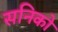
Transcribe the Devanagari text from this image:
सनिको